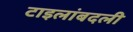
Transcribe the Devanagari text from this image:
टाइलांबदली